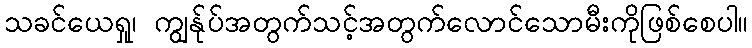
သခင်ယေရှု၊ ကျွန်ုပ်အတွက်သင့်အတွက်လောင်သောမီးကိုဖြစ်စေပါ။